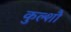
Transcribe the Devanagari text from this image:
कुल्शौ